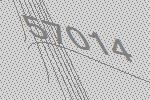
57014